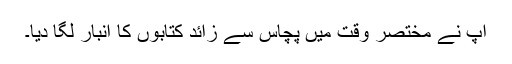
آپ نے مختصر وقت میں پچاس سے زائد کتابوں کا انبار لگا دیا۔